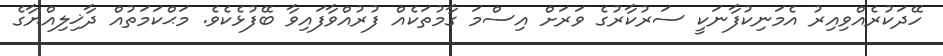
ހޭދަކުރެއްވިއިރު އެމަނިކުފާނަކީ ސަރުކާރުގެ ވަރަށް އިސްމަ ގާމުތަކެއް ފުރުއްވާފައިވާ ބޭފުޅެކެވެ. މަޙްކަމަތުއް ދާޚިލިއްޔާގެ